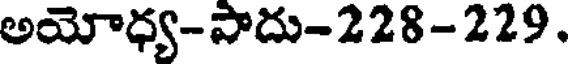
అయోధ్య-పాదు-228-229.